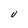
Character: U